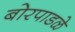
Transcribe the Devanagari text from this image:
बोरपाडळे